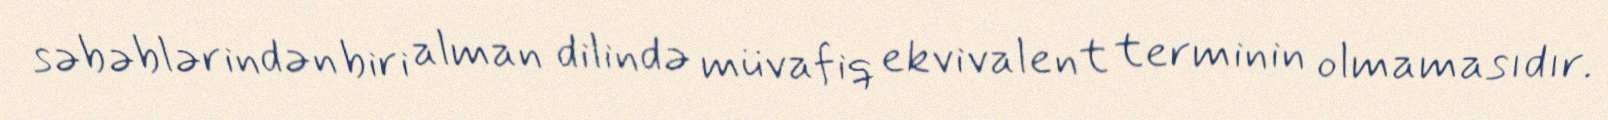
səbəblərindən biri alman dilində müvafiq ekvivalent terminin olmamasıdır.